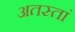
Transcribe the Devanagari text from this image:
अतस्तां